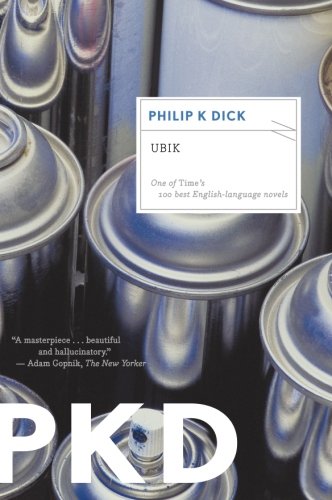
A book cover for Ubik; Philip K. Dick; Science Fiction & Fantasy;